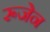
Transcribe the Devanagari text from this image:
रूजेन